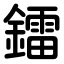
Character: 鐳